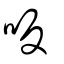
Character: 𠯘